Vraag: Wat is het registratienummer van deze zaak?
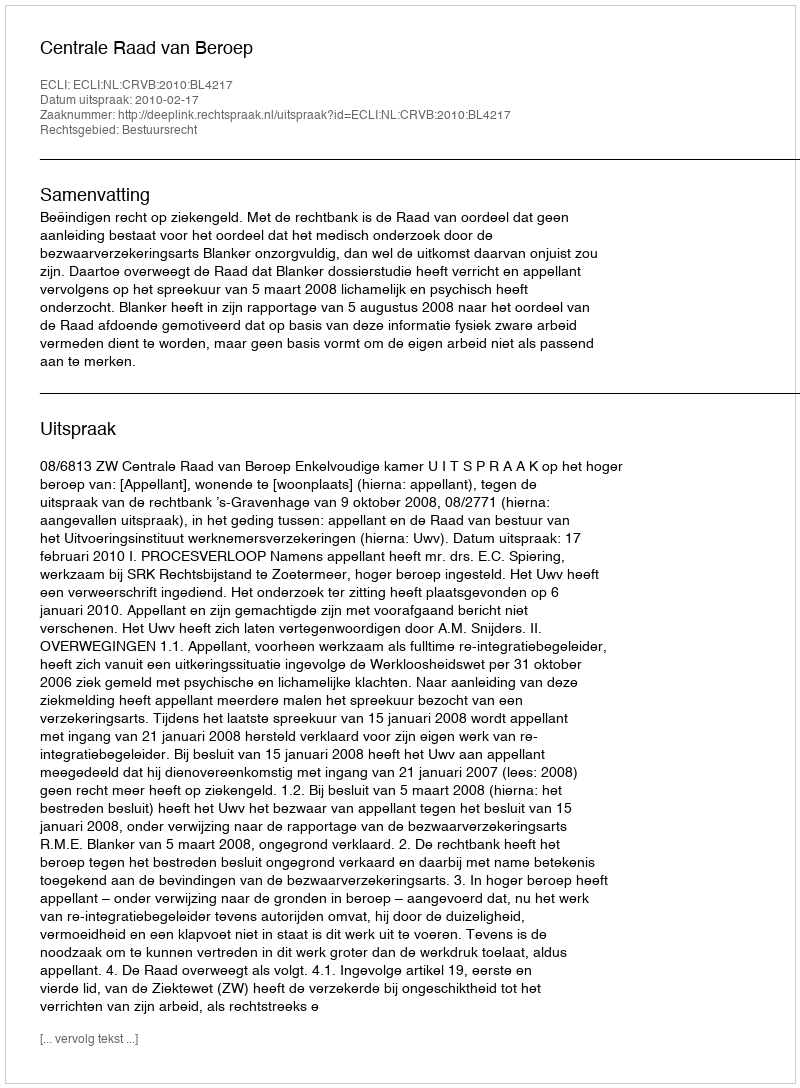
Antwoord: http://deeplink.rechtspraak.nl/uitspraak?id=ECLI:NL:CRVB:2010:BL4217